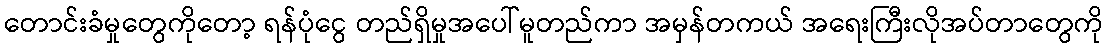
တောင်းခံမှုတွေကိုတော့ ရန်ပုံငွေ တည်ရှိမှုအပေါ်မူတည်ကာ အမှန်တကယ် အရေးကြီးလိုအပ်တာတွေကို